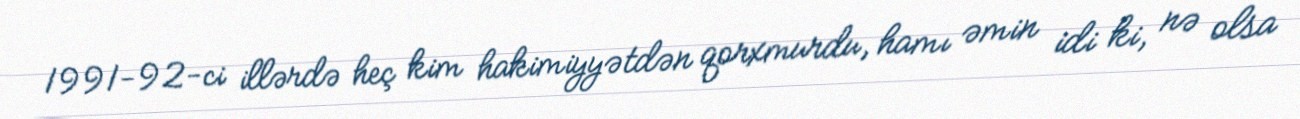
1991-92-ci illərdə heç kim hakimiyyətdən qorxmurdu, hamı əmin idi ki, nə olsa